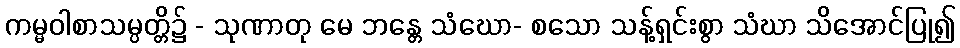
ကမ္မဝါစာသမ္ပတ္တိ၌ - သုဏာတု မေ ဘန္တေ သံဃော- စသော သန့်ရှင်းစွာ သံဃာ သိအောင်ပြု၍